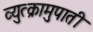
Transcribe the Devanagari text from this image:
व्युत्क्रामुपाती